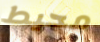
محيط